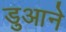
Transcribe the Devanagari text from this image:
डुआने